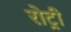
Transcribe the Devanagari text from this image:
रोट्री